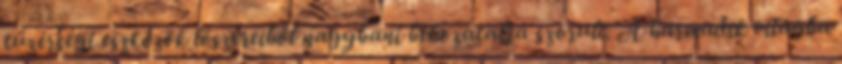
tüzérségi eszközök lőszereiből nagybani behozatalra szorult. A harmadik világba